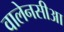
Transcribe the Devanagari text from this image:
वालेनसीआ